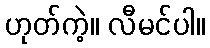
ဟုတ်ကဲ့။ လီမင်ပါ။